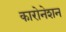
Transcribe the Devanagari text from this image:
कारोनेशन